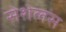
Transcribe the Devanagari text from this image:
सेशेलस